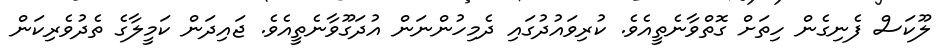
ލޫކަސް ފެނިގެން ހިތަށް ގޮތްވާނެތީއެވެ. ކުރިވައުދުގައި ދެމިހުންނަން އުދަގޫވާނެތީއެވެ. ޖައިދަން ކަމީލާގެ ތެދުވެރިކަން